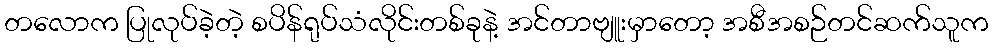
တလောက ပြုလုပ်ခဲ့တဲ့ စပိန်ရုပ်သံလိုင်းတစ်ခုနဲ့ အင်တာဗျူးမှာတော့ အစီအစဉ်တင်ဆက်သူက